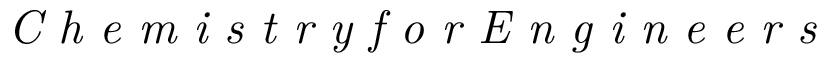
\textit { C h e m i s t r y f o r E n g i n e e r s }